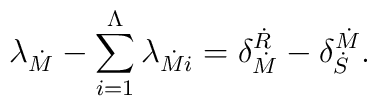
\lambda_{\dot{M}} - \sum_{i=1}^{\Lambda} \lambda_{\dot{M}i} = \delta^{\dot{R}}_{\dot{M}} -    \delta^{\dot{M}}_{\dot{S}}.